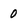
Character: 0